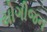
યોગીજન